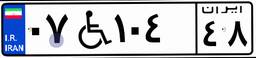
۰۷W۱۰۴۴۸